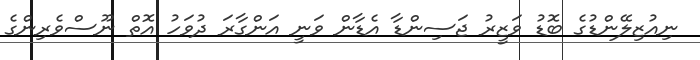
ނިއުޒިލޭންޑުގެ ބޮޑު ވަޒީރު ޖަސިންޑާ އެޑާން ވަނީ އަންގާރަ ދުވަހު އޮތް ނޫސްވެރިންގެ